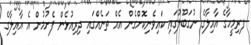
ފރިމީހާގެ އާއިލާގެ ނުގަބޫލުގައި ކައިވެނިކޮށްގެން އެއް ތަނެއްގައި ދިރިއުޅެން ފެށުމުން އެ އާއިލާގެ